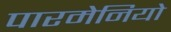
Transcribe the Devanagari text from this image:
पारमेनियो